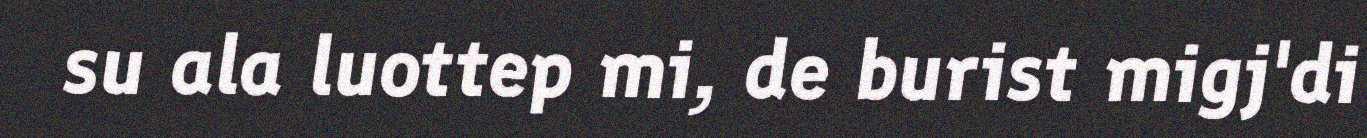
su ala luottep mi, de burist migj'di